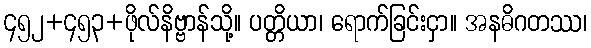
၄၅၂+၄၅၃+ဖိုလ်နိဗ္ဗာန်သို့။ ပတ္တိယာ၊ ရောက်ခြင်းငှာ။ အနဓိဂတဿ၊